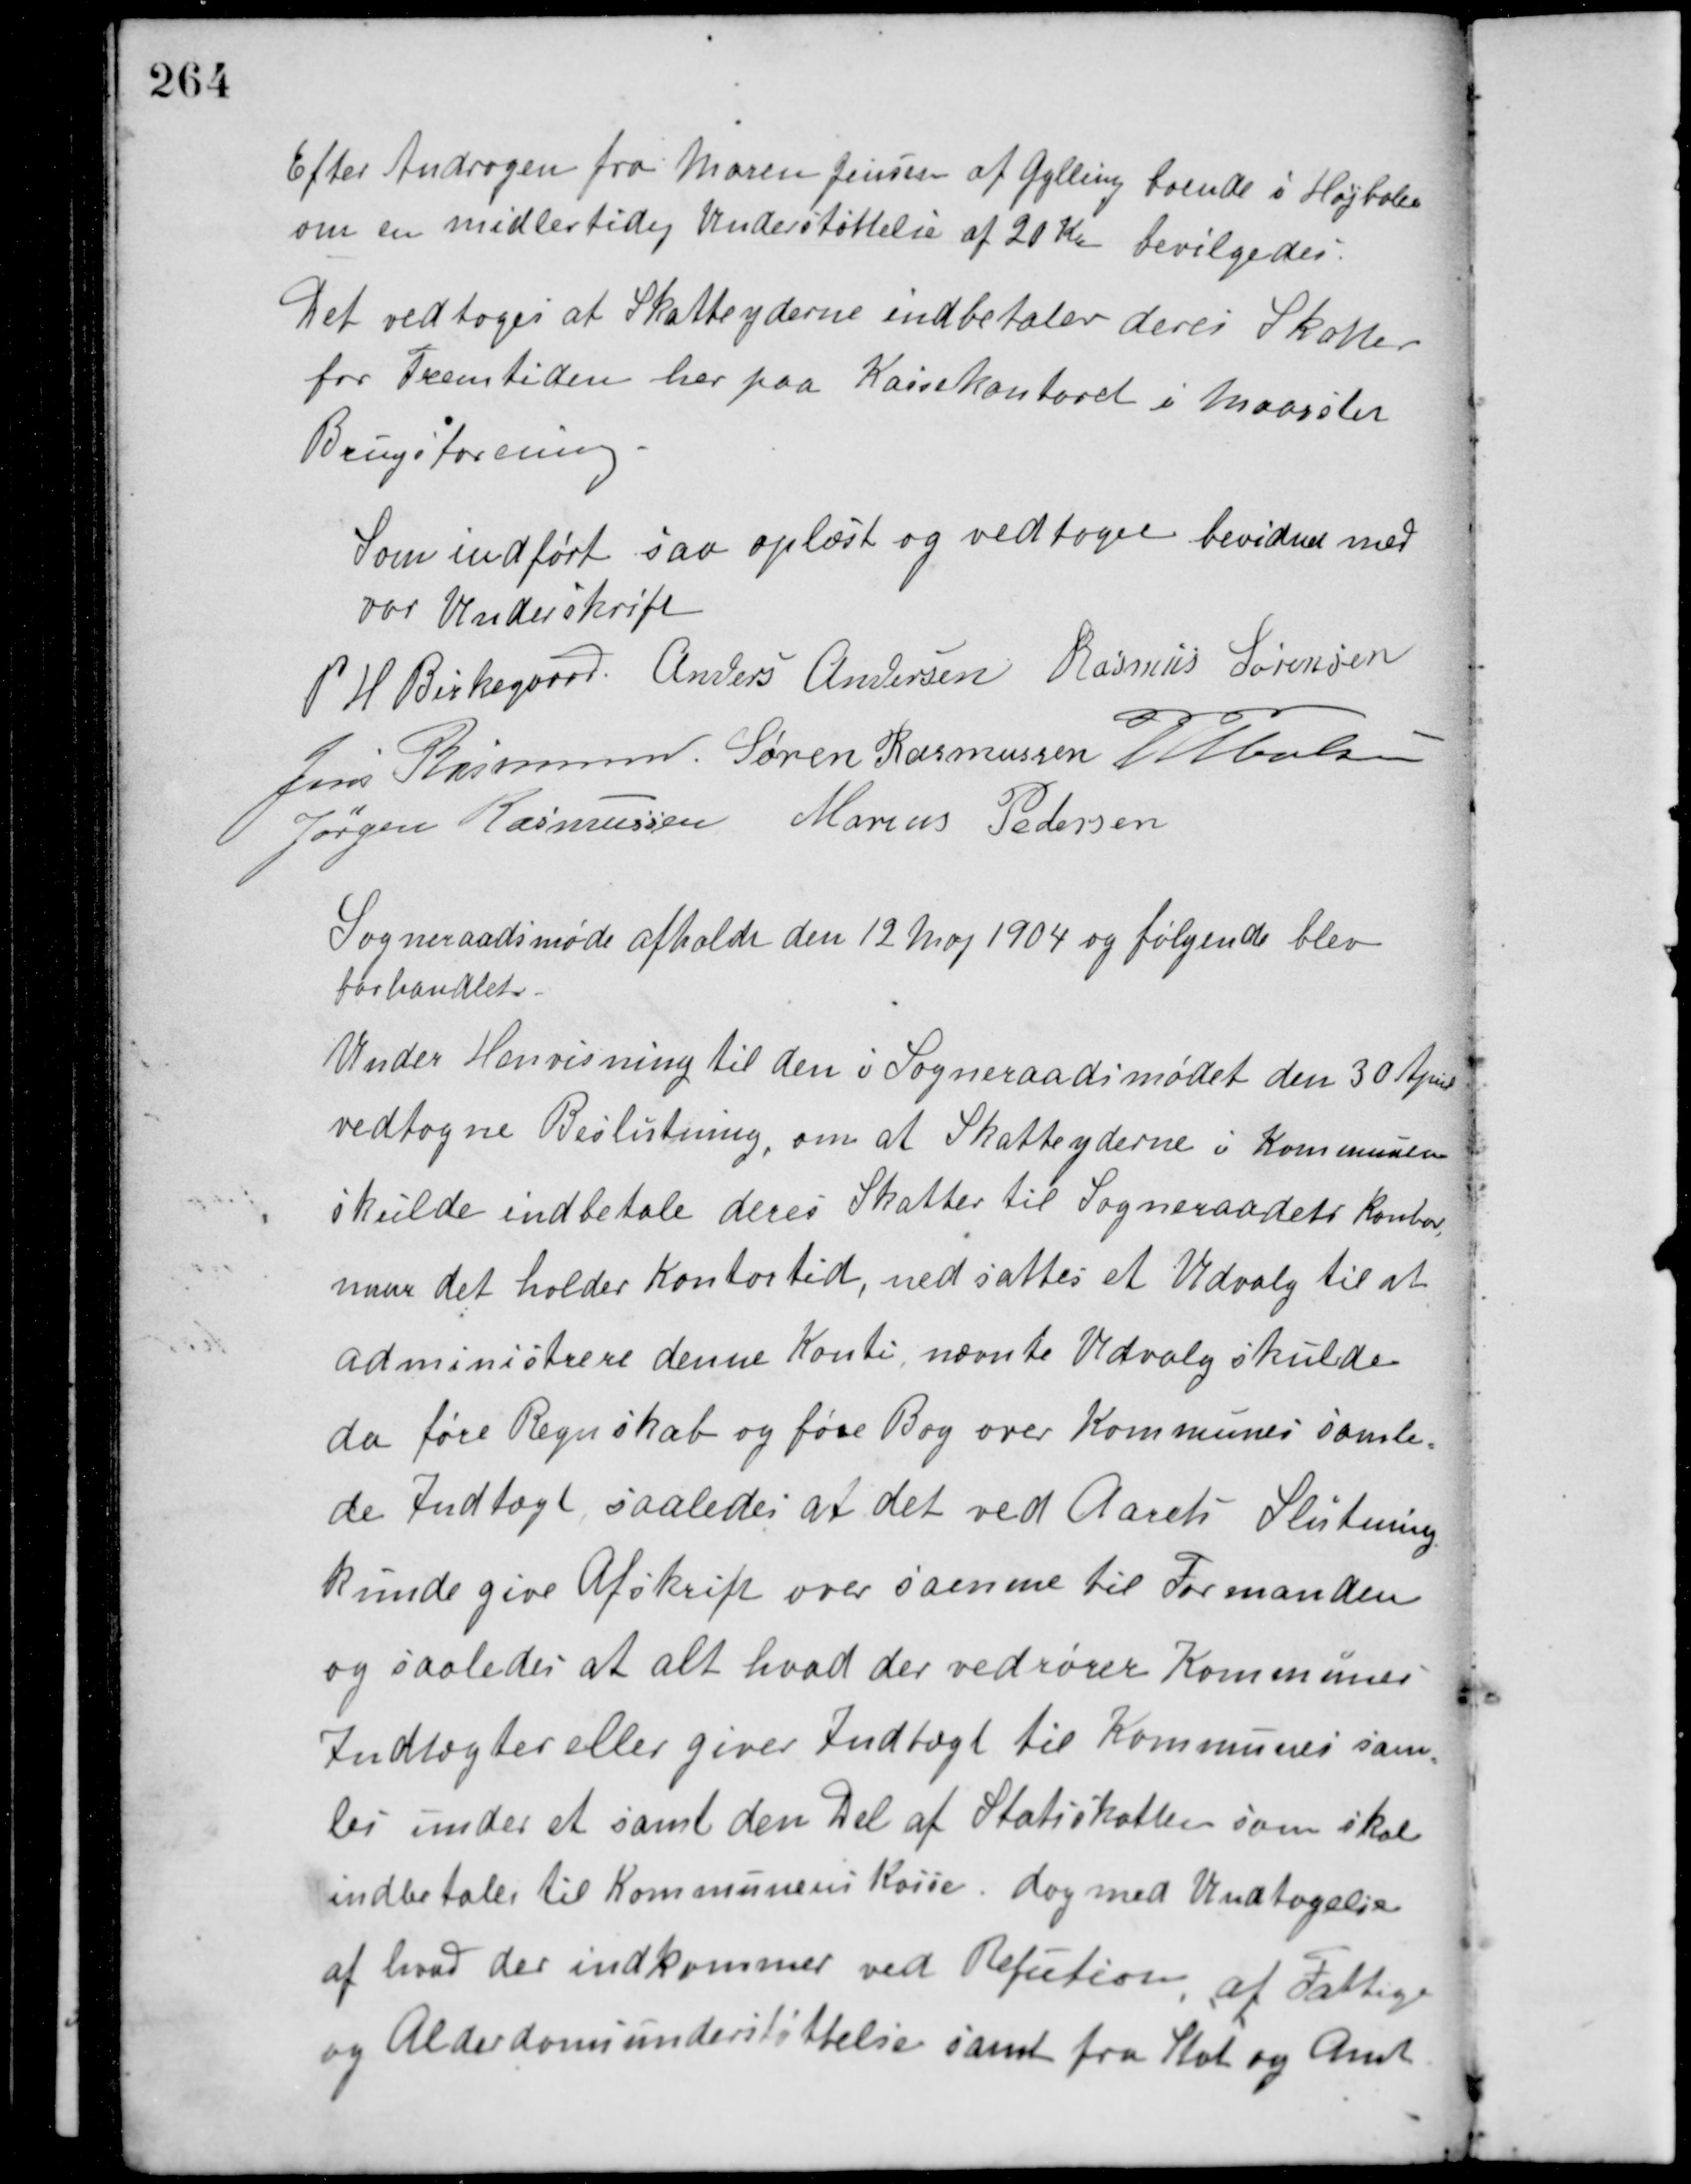
Transskription:
Efter Andragen fra Maren Jensen af Gylling boende i Højballe
om en midlertidig Understøttelse af 20 Kr. bevilgedes.
Det vedtoges at Skatteyderne indbetaler deres Skatter
for Fremtiden her paa Kassekontoret i Maarslet
Brugsforening.
Som indført saa oplæst og vedtaget bevidnes med
vor Underskrift
P. H. Birkegaard Anders Andersen Rasmus Sørensen
Jens Rasmussen Søren Rasmussen M. Poulsen
Jørgen Rasmussen Marius Pedersen
Sogneraadsmøde afholdt den 12 Maj 1904 og følgende blev
forhandlet.
Under Henvisning til den i Sogneraadsmødet den 30 April
vedtagne Beslutning, om at Skatteyderne i Kommunen
skulde indbetale deres Skatter til Sogneraadets Kontor
naar det holder Kontortid, nedsattes et Udvalg til at
administrere denne Konti, nævnte Udvalg skulde
da føre Regnskab og føre Bog over Kommunes samle-
de Indtægt, saaledes at det ved Aarets Slutning
kunde give Afskrift over samme til Formanden
og saaledes at alt hvad der vedrører Kommunes
Indtægter eller giver Indtægt til Kommunen sam-
les under et samt den Del af Statsskatten som skal
indbetales til Kommunens Kasse, dog med Undtagelse
af hvad der indkommer ved Refution af Fattige
og Alderdomsunderstøttelse samt fra Stat og Amt.